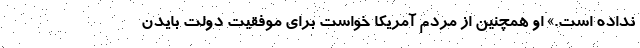
نداده است.» او همچنین از مردم آمریکا خواست برای موفقیت دولت بایدن